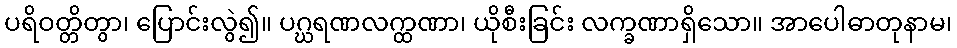
ပရိဝတ္တိတွာ၊ ပြောင်းလွဲ၍။ ပဂ္ဃရဏလက္ထဏာ၊ ယိုစီးခြင်း လက္ခဏာရှိသော။ အာပေါဓာတုနာမ၊